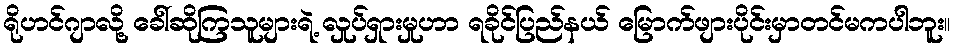
ရိုဟင်ဂျာလို့ ခေါ်ဆိုကြသူများရဲ့ လှုပ်ရှားမှုဟာ ရခိုင်ပြည်နယ် မြောက်ဖျားပိုင်းမှာတင်မကပါဘူး။